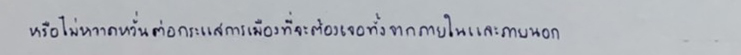
หรือไม่หวาดหวั่นต่อกระแสการเมืองที่จะต้องเจอทั้งจากภายในและภายนอก